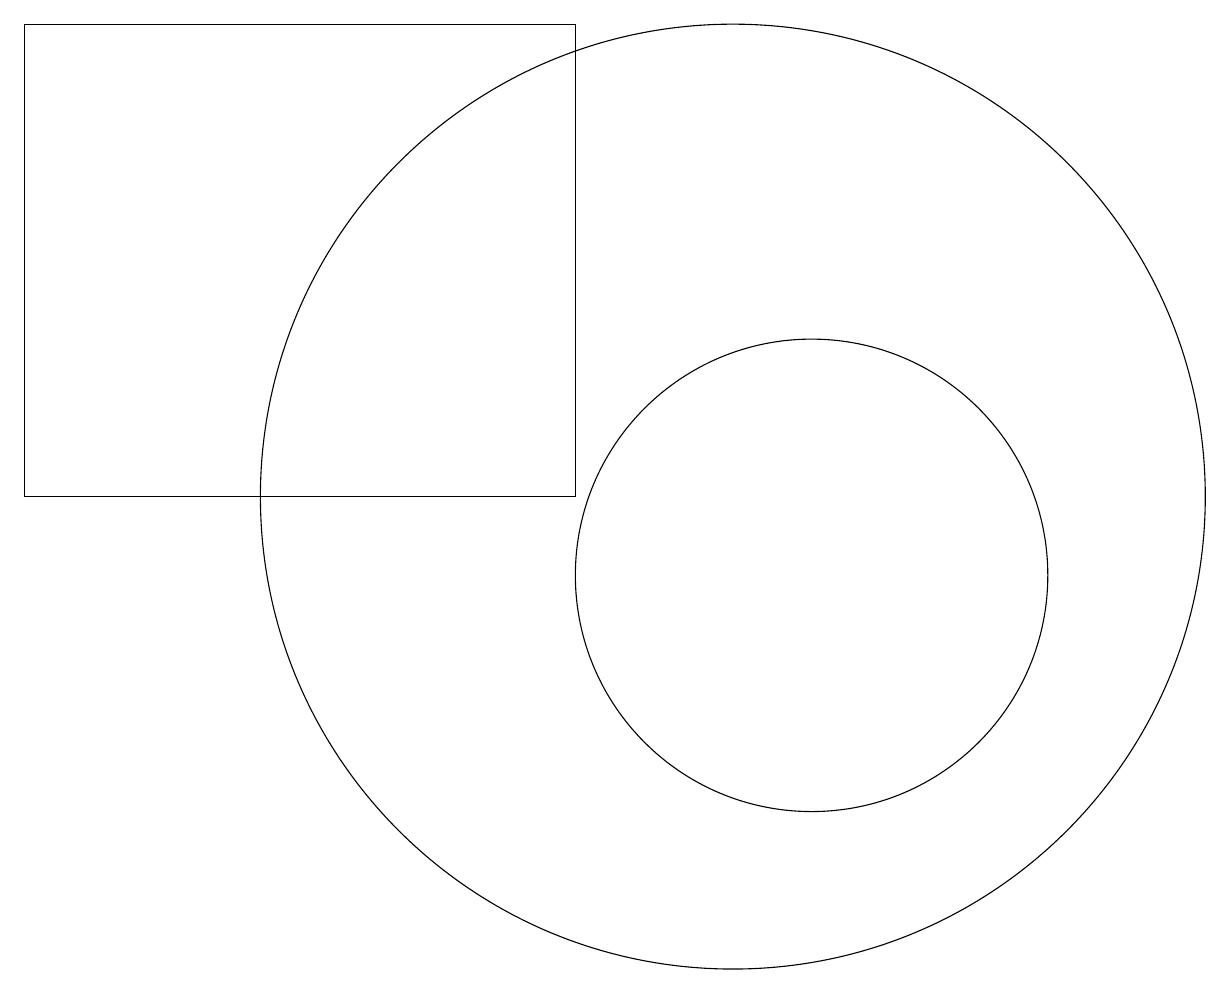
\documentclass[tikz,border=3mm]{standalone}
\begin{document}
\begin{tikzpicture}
\draw (11,10) circle (3);
\draw (8,17) rectangle (1,11);
\draw (10,11) circle (6);
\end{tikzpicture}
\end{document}